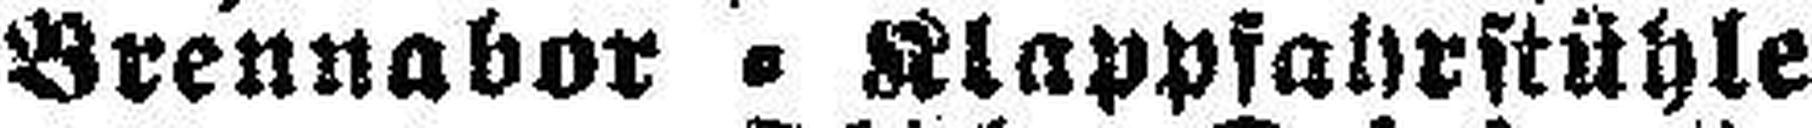
Brennabor=Klappfahrstühle